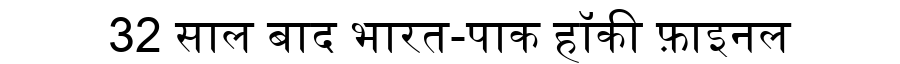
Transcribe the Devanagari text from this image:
32 साल बाद भारत-पाक हॉकी फ़ाइनल